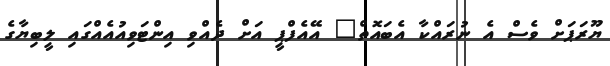
ޔޫރަަޕަށް ވެސް އެ ނުރައްކާ އެބައޮތް" އޭއެފްޕީ އަށް ދެއްވި އިންޓަވިއުއެއްގައި ލީބިޔާގެ